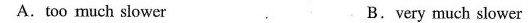
A.too much slower B.very much slower